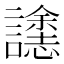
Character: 𮙄